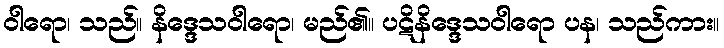
ဝါရော၊ သည်။ နိဒ္ဒေသဝါရော၊ မည်၏။ ပဋိနိဒ္ဒေသဝါရော ပန၊ သည်ကား။